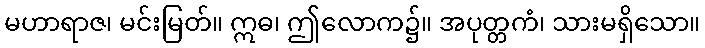
မဟာရာဇ၊ မင်းမြတ်။ ဣဓ၊ ဤလောက၌။ အပုတ္တကံ၊ သားမရှိသော။